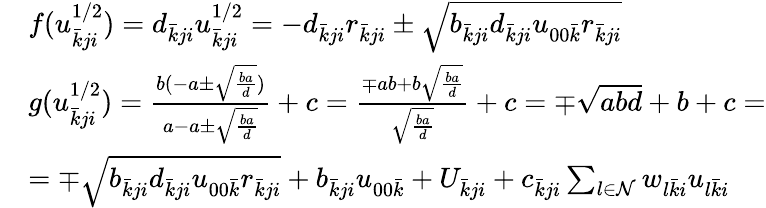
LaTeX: \begin{array}{rl}&{f(u_{\bar{k}ji}^{1/2})=d_{\bar{k}ji}u_{\bar{k}ji}^{1/2}=-d_{\bar{k}ji}r_{\bar{k}ji}\pm\sqrt{b_{\bar{k}ji}d_{\bar{k}ji}u_{00\bar{k}}r_{\bar{k}ji}}}\\ &{g(u_{\bar{k}ji}^{1/2})=\frac{b(-a\pm\sqrt{\frac{ba}{d}})}{a-a\pm\sqrt{\frac{ba}{d}}}+c=\frac{\mp ab+b\sqrt{\frac{ba}{d}}}{\sqrt{\frac{ba}{d}}}+c=\mp\sqrt{abd}+b+c=}\\ &{=\mp\sqrt{b_{\bar{k}ji}d_{\bar{k}ji}u_{00\bar{k}}r_{\bar{k}ji}}+b_{\bar{k}ji}u_{00\bar{k}}+U_{\bar{k}ji}+c_{\bar{k}ji}\sum_{l\in\mathcal{N}}w_{l\bar{k}i}u_{l\bar{k}i}}\end{array}